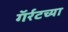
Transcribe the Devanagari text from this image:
गॅर्रटच्या